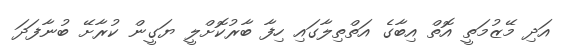
އަދި މޭޒުމަތީ އޮތް އިބާގެ އަތްތިލާގައި ހިފާ ބާރުކޮށްލީ ޔަގީން ކުރާށޭ ބުނާފަދަ